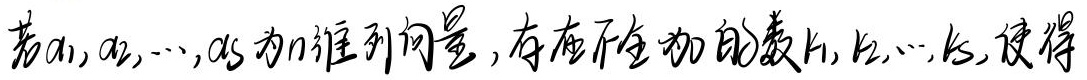
若\(\alpha_1,\alpha_2,\cdots,\alpha_s\)为\(n\)维列向量，存在不全为零的数\(k_1,k_2,\cdots,k_s\)，使得